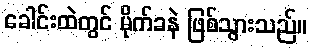
ခေါင်းထဲတွင် မိုက်ခနဲ ဖြစ်သွားသည်။